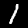
Digit: 1